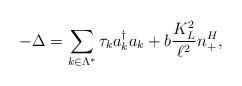
LaTeX: \begin{align*}-\Delta = \sum_{k \in \Lambda^*} \tau_k a_k^{\dagger} a_k + b\frac{K_L^2}{\ell^2}n_+^H, \end{align*}